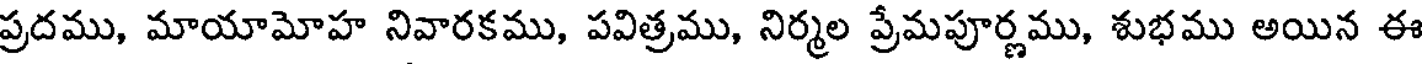
ప్రదము, మాయామోహ నివారకము, పవిత్రము, నిర్మల ప్రేమపూర్ణము, శుభము అయిన ఈ